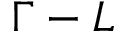
\Gamma - L